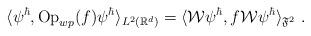
LaTeX: \begin{align*}\langle \psi^\hbar,{\rm Op}_{wp}(f)\psi^\hbar\rangle _{L^2(\mathbb{R}^d)}=\langle \mathcal{W}\psi^\hbar,f \mathcal{W}\psi^\hbar\rangle_{\mathfrak{F}^2} \ .\end{align*}